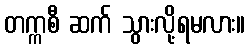
တက္ကစီ ဆက် သွားလို့ရမလား။